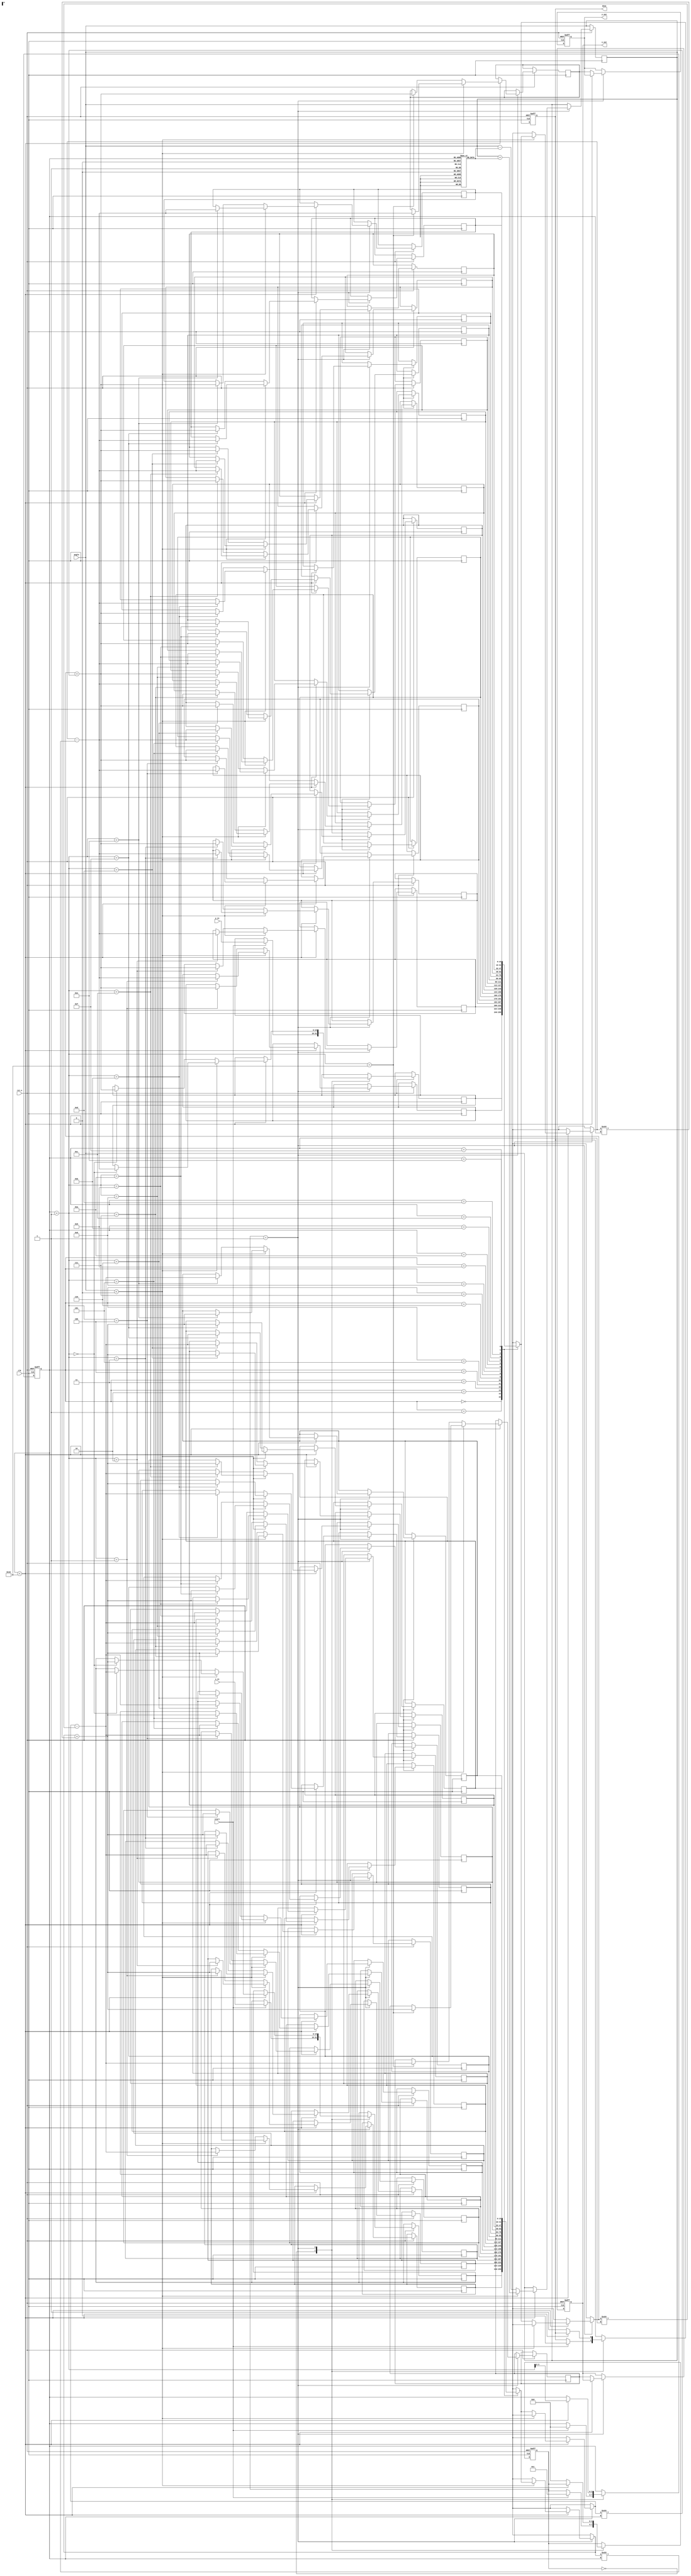
module cordic (
    input wire clk,
    input wire rst_n,
    input wire start,
    input wire [15:0] angle, // Input angle in fixed-point format
    input wire [15:0] x_in,   // Input x-coordinate
    input wire [15:0] y_in,   // Input y-coordinate
    output reg [15:0] x_out,   // Output x-coordinate (cosine)
    output reg [15:0] y_out,   // Output y-coordinate (sine)
    output reg done
);

    parameter N_ITER = 16; // Number of iterations
    reg [15:0] x [0:N_ITER]; // x values for each iteration
    reg [15:0] y [0:N_ITER]; // y values for each iteration
    reg [15:0] angle_table [0:N_ITER-1]; // Lookup table for arctangent values
    reg [3:0] state; // State variable
    reg [3:0] iter; // Iteration counter

    // Initialize angle table (arctan values)
    initial begin
        angle_table[0] = 16'h26DD; // atan(1/1) = 45 degrees in fixed-point
        angle_table[1] = 16'h1D6D; // atan(1/2) = 26.565 degrees
        angle_table[2] = 16'h15B9; // atan(1/4) = 14.036 degrees
        angle_table[3] = 16'h0C90; // atan(1/8) = 7.125 degrees
        // Continue filling the angle table for more iterations...
    end

    // State machine for CORDIC operation
    always @(posedge clk or negedge rst_n) begin
        if (!rst_n) begin
            state <= 0;
            iter <= 0;
            done <= 0;
            x_out <= 0;
            y_out <= 0;
        end else begin
            case (state)
                0: begin // Idle state
                    if (start) begin
                        x[0] <= x_in;
                        y[0] <= y_in;
                        iter <= 0;
                        state <= 1;
                        done <= 0;
                    end
                end
                1: begin // CORDIC iterations
                    if (iter < N_ITER) begin
                        // Determine the rotation direction based on angle
                        if (angle < 0) begin
                            x[iter + 1] <= x[iter] + (y[iter] >>> iter);
                            y[iter + 1] <= y[iter] - (x[iter] >>> iter);
                            angle <= angle + angle_table[iter]; // Adjust angle
                        end else begin
                            x[iter + 1] <= x[iter] - (y[iter] >>> iter);
                            y[iter + 1] <= y[iter] + (x[iter] >>> iter);
                            angle <= angle - angle_table[iter]; // Adjust angle
                        end
                        iter <= iter + 1;
                    end else begin
                        // Final output assignment
                        x_out <= x[N_ITER];
                        y_out <= y[N_ITER];
                        done <= 1;
                        state <= 0; // Back to idle
                    end
                end
            endcase
        end
    end
endmodule